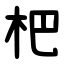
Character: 杷